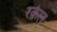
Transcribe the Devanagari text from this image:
रक़ेल